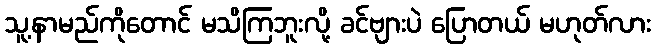
သူ့နာမည်ကိုတောင် မသိကြဘူးလို့ ခင်ဗျားပဲ ပြောတယ် မဟုတ်လား